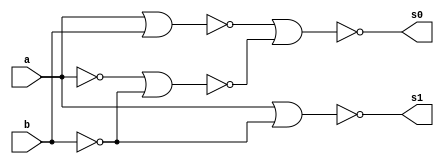
//-- Felipe Pacfico
//-- 389868
//-- guia03_05


// -- meia diferenca


module meiadiferenca (s0, s1, a, b);
 output s0, s1;
 input  a, b;
 wire s2,s3,s4,s5,s6;
 
 nor norgate1 (s2, a, a);
 nor norgate2 (s3, b, b);
 nor norgate3 (s4, s2, s3);
 nor norgate4 (s5, a, b);
 nor norgate5 (s0, s5, s4);
 nor norgate6 (s6, s2, s2);
 nor norgate7 (s1, s6, s3);
 
 endmodule //meiadiferenca

// --------------------------
// -- test meia diferenca nor
// --------------------------

module testmeiadiferenca;
 reg   a, b;             
 wire  s0, s1;
          // instancia
 meiadiferenca MEIADIFERENCA1 (s0, s1, a, b);

 initial begin:start
      a=0; b=0;
 end

          // parte principal
 initial begin:main
      $display("Felipe Pacifico -- 389868");
      $display("Test Meia Diferenca NOR gate");
      $display("\n a | b = s0 s1\n");
      $monitor(" %b | %b = %b %b", a, b, s0, s1);
  #1  a=0; b=1; 
  #1  a=1; b=0; 
  #1  a=1; b=1; 
  
 end

endmodule // testmeiadiferenca